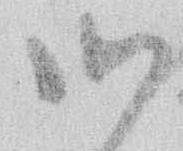
御